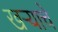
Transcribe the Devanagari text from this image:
खऱ्याचे